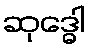
ဆုဒ္ဓေါ